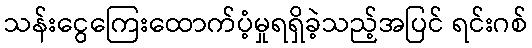
သန်းငွေကြေးထောက်ပံ့မှုရရှိခဲ့သည့်အပြင် ရင်းဂစ်